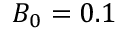
B _ { 0 } = 0 . 1